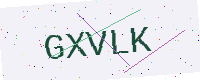
Text: GXVLK